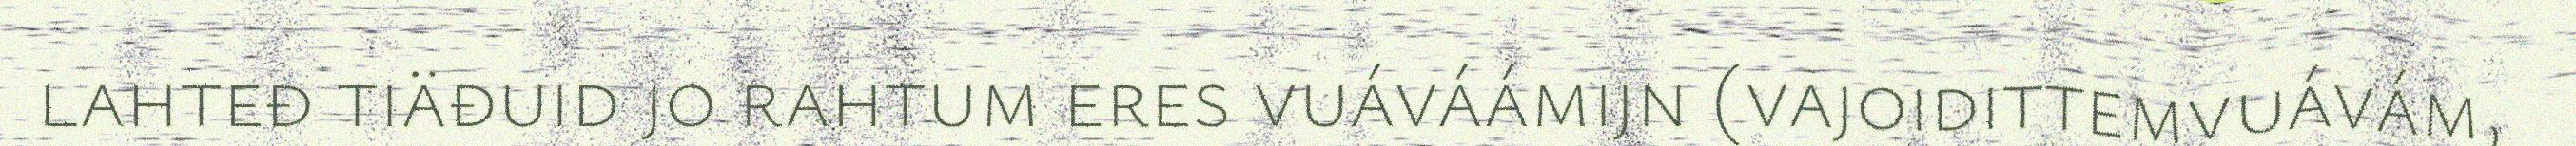
lahteđ tiäđuid jo rahtum eres vuáváámijn (vajoidittemvuávám,